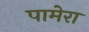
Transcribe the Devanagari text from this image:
पामेरा